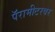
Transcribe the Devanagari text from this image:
पॅरामीटरवर